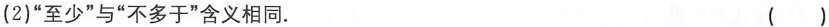
(2)”至少”与”不多于”含义相同。 ()